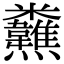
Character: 𩏸